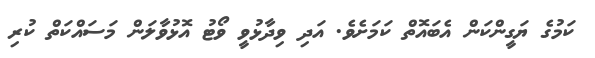
ކަމުގެ ޔަގީންކަން އެބައޮތް ކަމަށެވެ. އަދި ވިދާޅުވީ ވޯޓު އޮޅުވާލަން މަސައްކަތް ކުރި